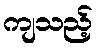
ကျသည့်